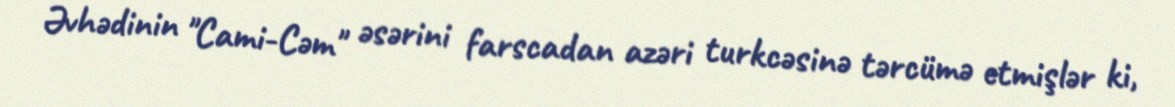
Əvhədinin "Cami-Cəm" əsərini farscadan azəri turkcəsinə tərcümə etmişlər ki,